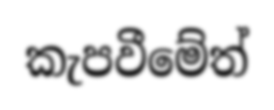
කැපවීමේත්